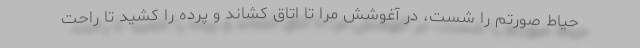
حیاط صورتم را شست، در آغوشش مرا تا اتاق کشاند و پرده را کشید تا راحت